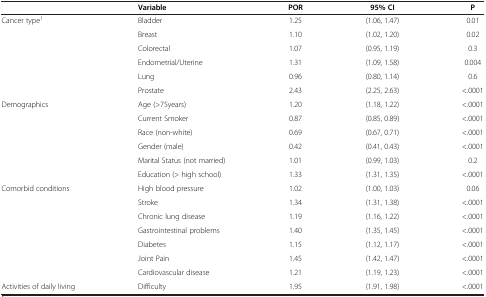
<table><thead><tr><td><b> </b></td><td><b>Variable</b></td><td><b>POR</b></td><td><b>95% CI</b></td><td><b>P</b></td></tr></thead><tbody><tr><td rowspan="6">Cancer type<sup>1</sup></td><td>Bladder</td><td>1.25</td><td>(1.06, 1.47)</td><td>0.01</td></tr><tr><td>Breast</td><td>1.10</td><td>(1.02, 1.20)</td><td>0.02</td></tr><tr><td>Colorectal</td><td>1.07</td><td>(0.95, 1.19)</td><td>0.3</td></tr><tr><td>Endometrial/Uterine</td><td>1.31</td><td>(1.09, 1.58)</td><td>0.004</td></tr><tr><td>Lung</td><td>0.96</td><td>(0.80, 1.14)</td><td>0.6</td></tr><tr><td>Prostate</td><td>2.43</td><td>(2.25, 2.63)</td><td>&lt;.0001</td></tr><tr><td rowspan="6">Demographics</td><td>Age (&gt;75years)</td><td>1.20</td><td>(1.18, 1.22)</td><td>&lt;.0001</td></tr><tr><td>Current Smoker</td><td>0.87</td><td>(0.85, 0.89)</td><td>&lt;.0001</td></tr><tr><td>Race (non-white)</td><td>0.69</td><td>(0.67, 0.71)</td><td>&lt;.0001</td></tr><tr><td>Gender (male)</td><td>0.42</td><td>(0.41, 0.43)</td><td>&lt;.0001</td></tr><tr><td>Marital Status (not married)</td><td>1.01</td><td>(0.99, 1.03)</td><td>0.2</td></tr><tr><td>Education (&gt; high school)</td><td>1.33</td><td>(1.31, 1.35)</td><td>&lt;.0001</td></tr><tr><td rowspan="7">Comorbid conditions</td><td>High blood pressure</td><td>1.02</td><td>(1.00, 1.03)</td><td>0.06</td></tr><tr><td>Stroke</td><td>1.34</td><td>(1.31, 1.38)</td><td>&lt;.0001</td></tr><tr><td>Chronic lung disease</td><td>1.19</td><td>(1.16, 1.22)</td><td>&lt;.0001</td></tr><tr><td>Gastrointestinal problems</td><td>1.40</td><td>(1.35, 1.45)</td><td>&lt;.0001</td></tr><tr><td>Diabetes</td><td>1.15</td><td>(1.12, 1.17)</td><td>&lt;.0001</td></tr><tr><td>Joint Pain</td><td>1.45</td><td>(1.42, 1.47)</td><td>&lt;.0001</td></tr><tr><td>Cardiovascular disease</td><td>1.21</td><td>(1.19, 1.23)</td><td>&lt;.0001</td></tr><tr><td>Activities of daily living</td><td>Difficulty</td><td>1.95</td><td>(1.91, 1.98)</td><td>&lt;.0001</td></tr></tbody></table>